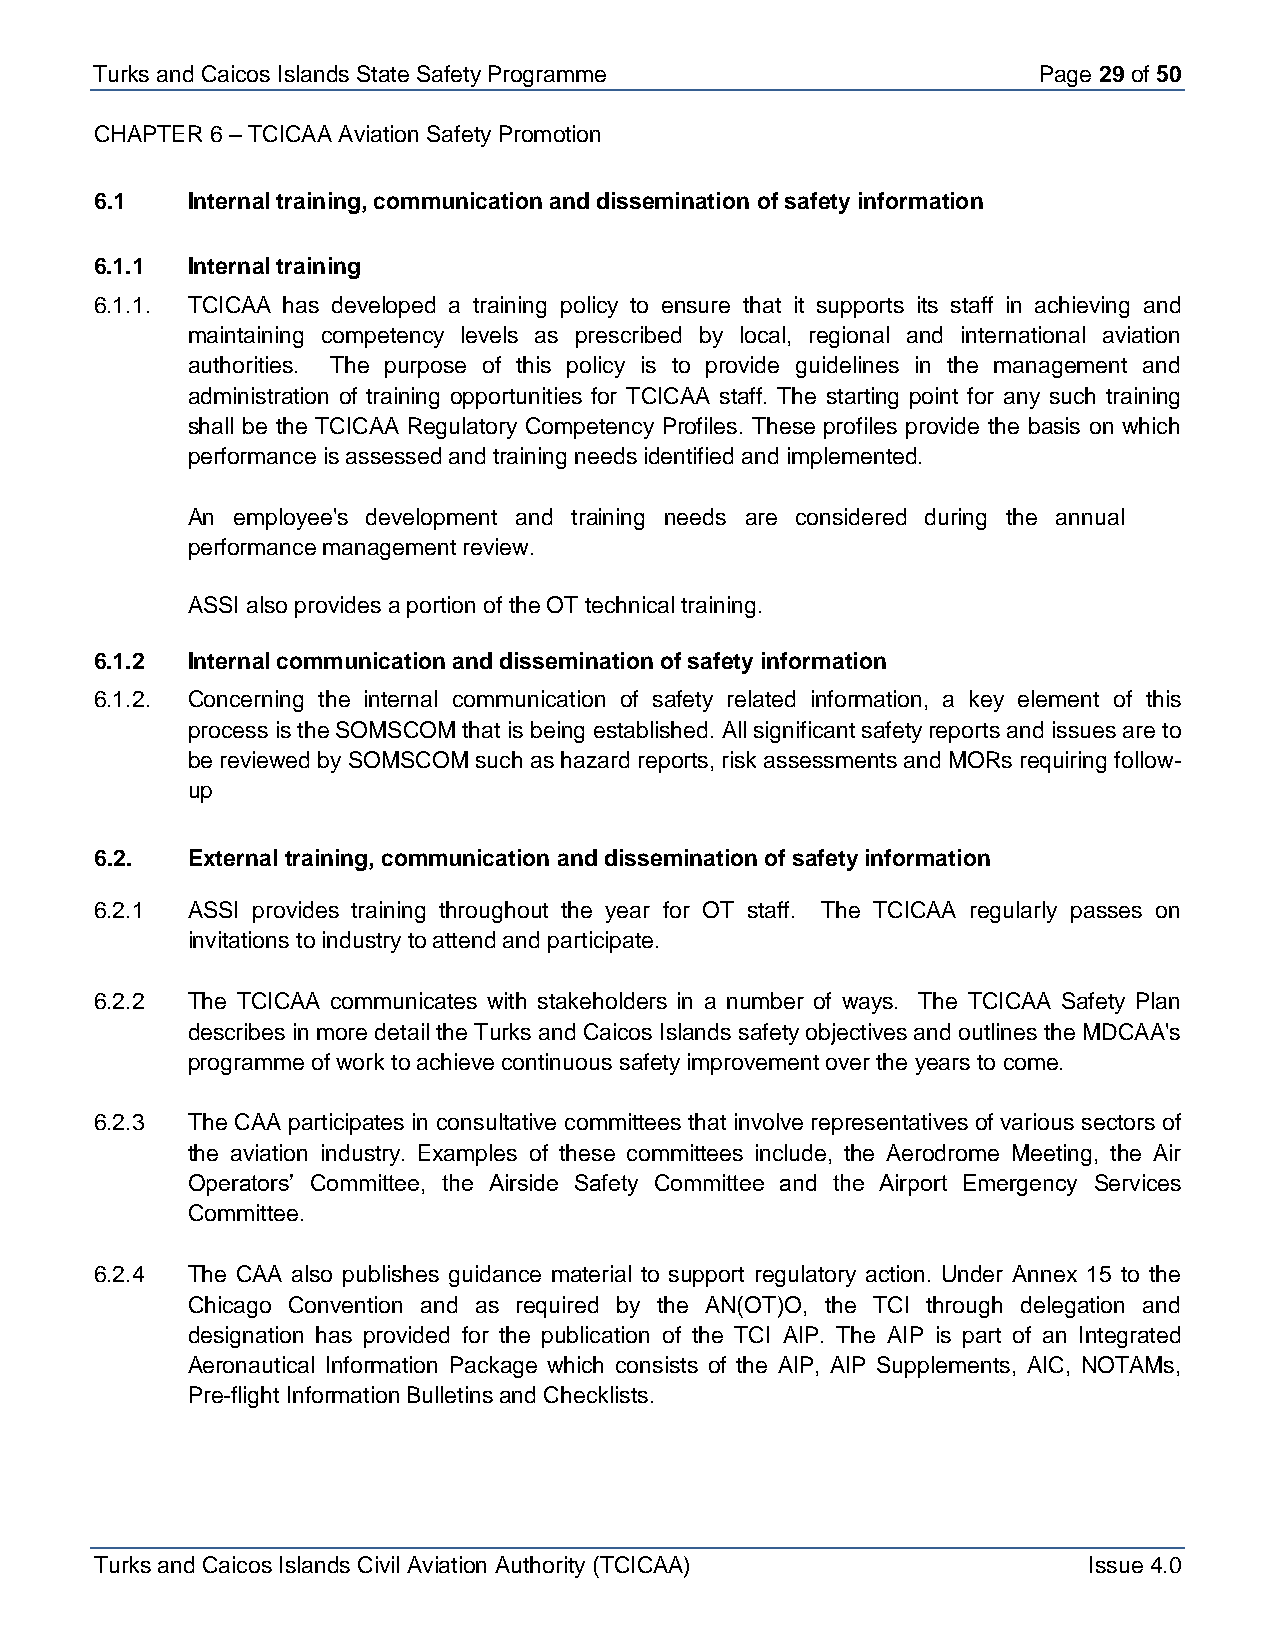
Turks and Caicos Is lands State Safety Programme               Page 29 of 50
 CHAPTER 6 – TCICAA Aviation Safety Promotion
 6.1   Internal training, communication and dissemination of safety information
 6.1.1 Internal training
 6.1.1. TCICAA has developed a training policy to ensure that it supports its staff in achieving and
 maintaining competency levels as prescribed by local, regional and international aviation
 authorities. The purpose of this policy is to provide guidelines in the management and
 administration of training opportunities for TCICAA staff. The starting point for any such training
 shall be the TCICAA Regulatory Competency Profiles. These profiles provide the basis on which
 performance is assessed and training needs identified and implemented.
 An employee's development and training needs are considered during the annual
 performance management review.
 ASSI also provides a portion of the OT technical training.
 6.1.2 Internal communication and dissemination of safety information
 6.1.2. Concerning the internal communication of safety related information, a key element of this
 process is the SOMSCOM that is being established. All significant safety reports and issues are to
 be reviewed by SOMSCOM such as hazard reports, risk assessments and MORs requiring follow-
 up
 6.2.  External training, communication and dissemination of safety information
 6.2.1 ASSI provides training throughout the year for OT staff. The TCICAA regularly passes on
 invitations to industry to attend and participate.
 6.2.2 The TCICAA communicates with stakeholders in a number of ways. The TCICAA Safety Plan
 describes in more detail the Turks and Caicos Islands safety objectives and outlines the MDCAA's
 programme of work to achieve continuous safety improvement over the years to come.
 6.2.3 The CAA participates in consultative committees that involve representatives of various sectors of
 the aviation industry. Examples of these committees include, the Aerodrome Meeting, the Air
 Operators’ Committee, the Airside Safety Committee and the Airport Emergency Services
 Committee.
 6.2.4 The CAA also publishes guidance material to support regulatory action. Under Annex 15 to the
 Chicago Convention and as required by the AN(OT)O, the TCI through delegation and
 designation has provided for the publication of the TCI AIP. The AIP is part of an Integrated
 Aeronautical Information Package which consists of the AIP, AIP Supplements, AIC, NOTAMs,
 Pre-flight Information Bulletins and Checklists.
 Turks and Caicos Islands Civil Aviation Authority (TCICAA)        Issue 4.0